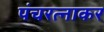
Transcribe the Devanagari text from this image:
पंचरत्नाकर